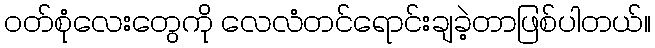
ဝတ်စုံလေးတွေကို လေလံတင်ရောင်းချခဲ့တာဖြစ်ပါတယ်။